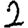
Digit: 2